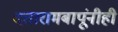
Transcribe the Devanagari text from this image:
दत्तारामबापूंनीही